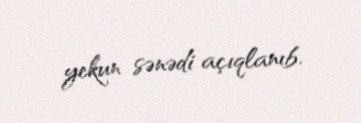
yekun sənədi açıqlanıb.